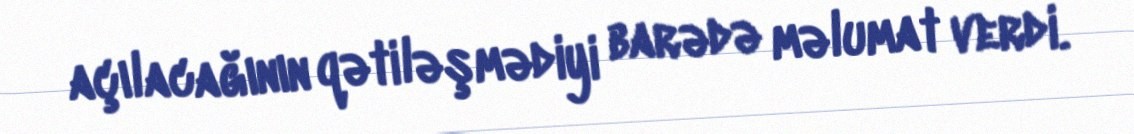
açılacağının qətiləşmədiyi barədə məlumat verdi.